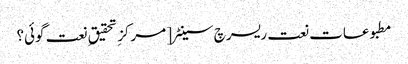
مطبوعات نعت ریسرچ سینٹر [ مرکزِ تحقیق ِ نعت گوئی؟